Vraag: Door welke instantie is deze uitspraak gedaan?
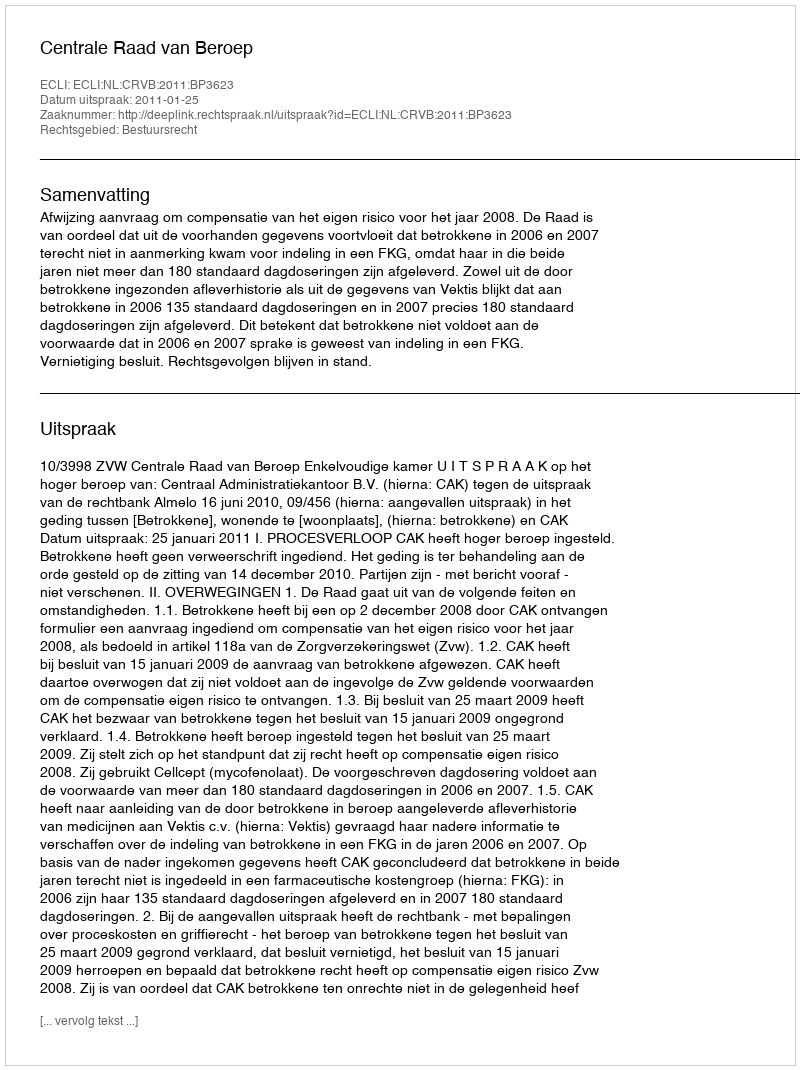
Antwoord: Centrale Raad van Beroep